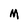
Character: M